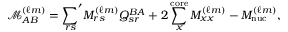
\mathcal { M } _ { A B } ^ { ( \ell m ) } = { \sum _ { r s } } ^ { \prime } M _ { r s } ^ { ( \ell m ) } Q _ { s r } ^ { B A } + 2 \sum _ { x } ^ { \mathrm { c o r e } } M _ { x x } ^ { ( \ell m ) } - M _ { \mathrm { n u c } } ^ { ( \ell m ) } ,